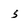
Character: 5